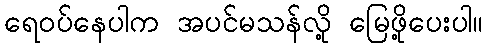
ရေဝပ်နေပါက အပင်မသန်လို့ မြေဖို့ပေးပါ။